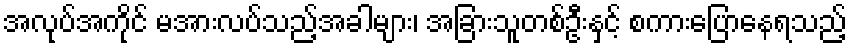
အလုပ်အကိုင် မအားလပ်သည့်အခါများ၊ အခြားသူတစ်ဦးနှင့် စကားပြောနေရသည့်